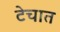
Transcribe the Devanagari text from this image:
टेचात